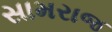
સામરાજ